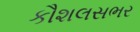
કૌશલસભર